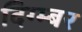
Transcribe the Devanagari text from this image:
दिग्म्बर